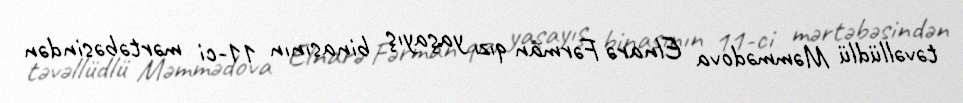
təvəllüdlü Məmmədova Elnarə Fərman qızı yaşayış binasının 11-ci mərtəbəsindən